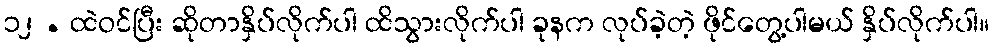
၁၂ . ထဲဝင်ပြီး ဆိုတာနှိပ်လိုက်ပါ ထိသွားလိုက်ပါ ခုနက လုပ်ခဲ့တဲ့ ဖိုင်တွေ့ပါမယ် နှိပ်လိုက်ပါ။